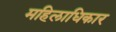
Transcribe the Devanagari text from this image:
महिलाधिकार